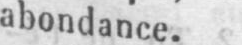
abondance.